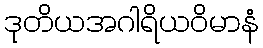
ဒုတိယအဂါရိယဝိမာနံ